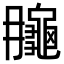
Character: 𪚮